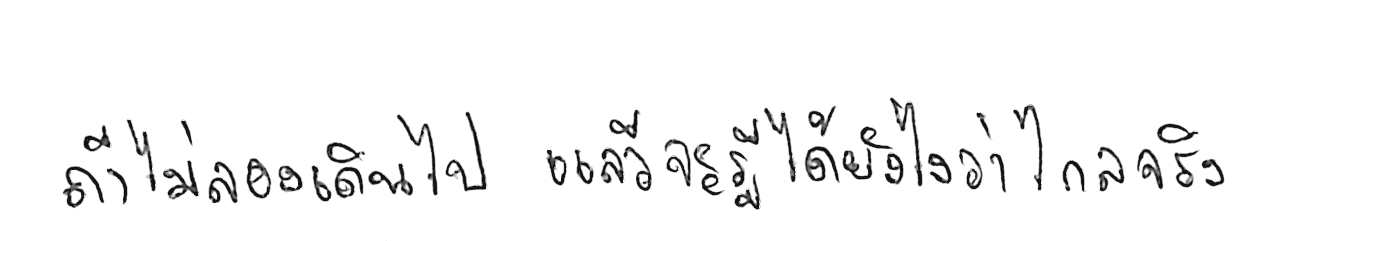
ถ้าไม่ลองเดินไป แล้วจะรู้ได้ยังไงว่าไกลจริง